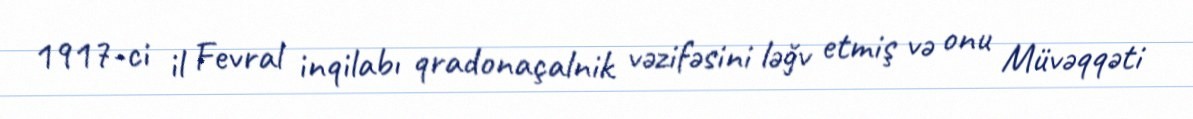
1917-ci il Fevral inqilabı qradonaçalnik vəzifəsini ləğv etmiş və onu Müvəqqəti